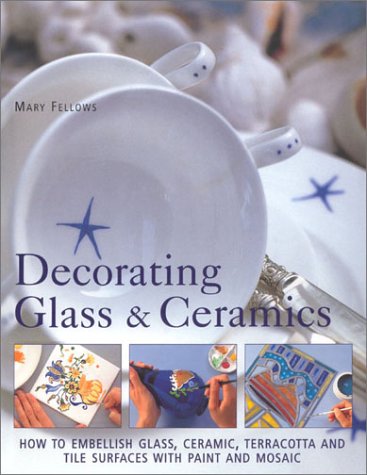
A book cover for Decorating Glass & Ceramics: How to Embellish Glass, Ceramic, Terracotta and Tile Surfaces With Paint and Mosaic; Simona Hill; Crafts, Hobbies & Home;